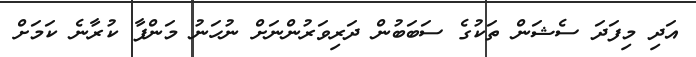
އަދި މިފަދަ ސެޝަން ތަކުގެ ސަބަބުން ދަރިވަރުންނަށް ނުހަނު މަންފާ ކުރާނެ ކަމަށް